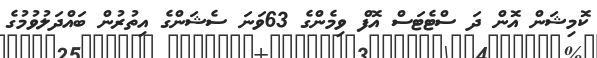
ކޮމިޝަން އޮން ދަ ސްޓެޓަސް އޮފް ވިމެންގެ 63ވަނަ ސެޝަންގެ އިތުރުން ބައްދަލުވުމުގެ